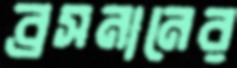
ব্রসনানের